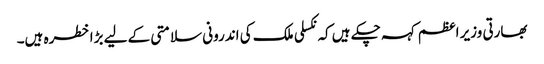
بھارتی وزیر اعظم کہہ چکے ہیں کہ نکسلی ملک کی اندرونی سلامتی کے لیے بڑا خطرہ ہیں۔